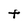
Character: t